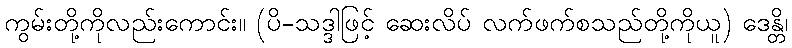
ကွမ်းတို့ကိုလည်းကောင်း။ (ပိ-သဒ္ဒါဖြင့် ဆေးလိပ် လက်ဖက်စသည်တို့ကိုယူ) ဒေန္တိ၊